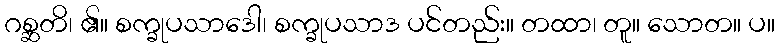
ဂစ္ဆတိ၊ ၏။ စက္ခုပသာဒေါ၊ စက္ခုပသာဒ ပင်တည်း။ တထာ၊ တူ။ သောတ။ ပ။